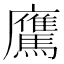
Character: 𩦵